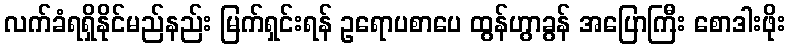
လက်ခံရရှိနိုင်မည်နည်း မြက်ရှင်းရန် ဥရောပစာပေ ထွန်ဟွာခွန် အပြောကြီး စောဒါးဖိုး